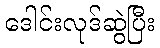
ဒေါင်းလုဒ်ဆွဲပြီး